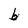
Character: b